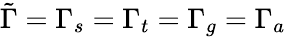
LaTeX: \tilde{\Gamma}=\Gamma_{s}=\Gamma_{t}=\Gamma_{g}=\Gamma_{a}